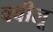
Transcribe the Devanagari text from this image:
क्वीलू